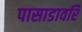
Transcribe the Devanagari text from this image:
पासाडावरि